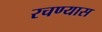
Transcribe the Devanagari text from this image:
रचण्यास